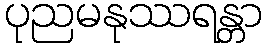
ပုညမနုဿရန္တာ